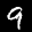
Label: 9